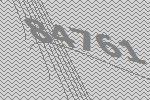
84761